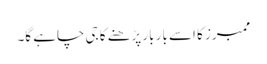
ممبرز کا اسے بار بار پڑھنے کا جی چاہے گا۔